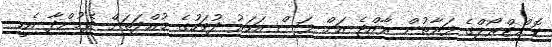
ކޮންޓްރޯލްގެ ފަރާތުން ރާއްޖެ އަށް ފަސް އަހަރު ދުވަހުގެ މުއްދަތަށް ދެމުންދާ އެހީ